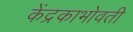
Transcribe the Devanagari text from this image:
केंद्रकाभोवती